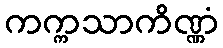
ကက္ကသာကိဏ္ဏံ